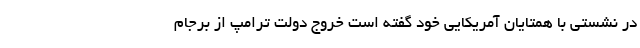
در نشستی با همتایان آمریکایی خود گفته است خروج دولت ترامپ از برجام